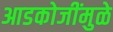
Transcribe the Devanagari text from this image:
आडकोजींमुळे